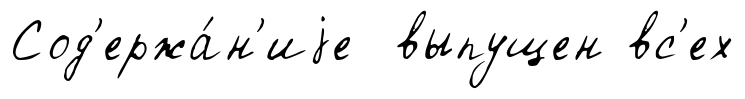
Сод'ержа́н'иjе выпущен вс'ех